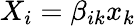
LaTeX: X_{i}=\beta_{ik}x_{k}